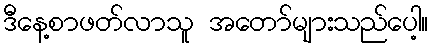
ဒီနေ့စာဖတ်လာသူ အတော်များသည်ပေါ့။